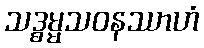
သဒ္ဓမ္မသဝနဿာဟံ